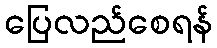
ပြေလည်စေရန်